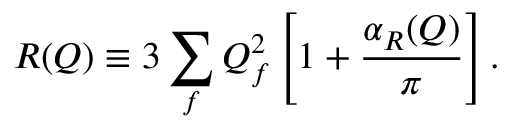
R ( Q ) \equiv 3 \sum _ { f } Q _ { f } ^ { 2 } \left[ 1 + { \frac { \alpha _ { R } ( Q ) } { \pi } } \right] .